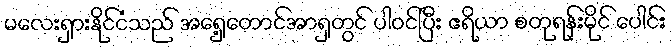
မလေးရှားနိုင်ငံသည် အရှေ့တောင်အာရှတွင် ပါဝင်ပြီး ဧရိယာ စတုရန်းမိုင် ပေါင်း